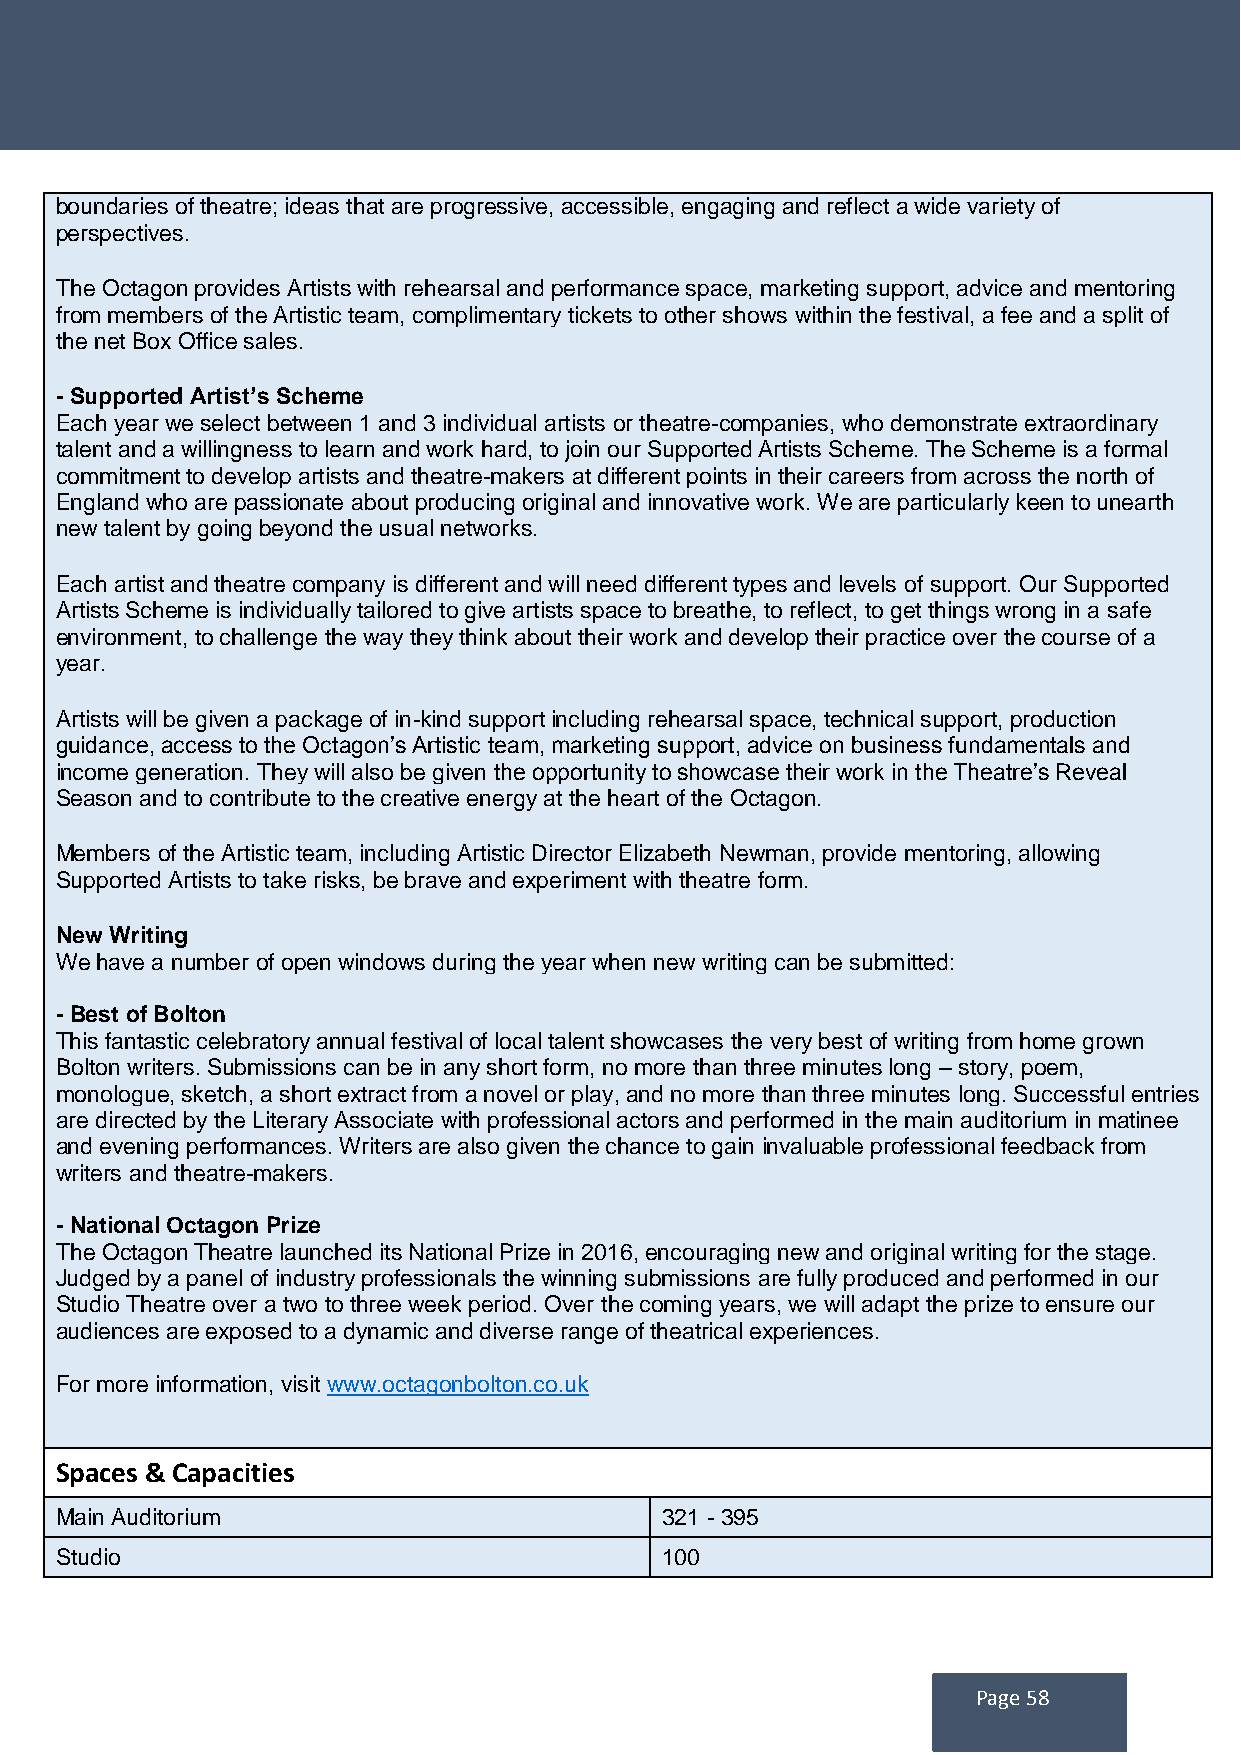
boundaries of theatre; ideas that are progressive, accessible, engaging and reflect a wide variety of
 perspectives.
 The Octagon provides Artists with rehearsal and performance space, marketing support, advice and mentoring
 from members of the Artistic team, complimentary tickets to other shows within the festival, a fee and a split of
 the net Box Office sales.
 - Supported Artist’s Scheme
 Each year we select between 1 and 3 individual artists or theatre-companies, who demonstrate extraordinary
 talent and a willingness to learn and work hard, to join our Supported Artists Scheme. The Scheme is a formal
 commitment to develop artists and theatre-makers at different points in their careers from across the north of
 England who are passionate about producing original and innovative work. We are particularly keen to unearth
 new talent by going beyond the usual networks.
 Each artist and theatre company is different and will need different types and levels of support. Our Supported
 Artists Scheme is individually tailored to give artists space to breathe, to reflect, to get things wrong in a safe
 environment, to challenge the way they think about their work and develop their practice over the course of a
 year.
 Artists will be given a package of in-kind support including rehearsal space, technical support, production
 guidance, access to the Octagon’s Artistic team, marketing support, advice on business fundamentals and
 income generation. They will also be given the opportunity to showcase their work in the Theatre’s Reveal
 Season and to contribute to the creative energy at the heart of the Octagon.
 Members of the Artistic team, including Artistic Director Elizabeth Newman, provide mentoring, allowing
 Supported Artists to take risks, be brave and experiment with theatre form.
 New Writing
 We have a number of open windows during the year when new writing can be submitted:
 - Best of Bolton
 This fantastic celebratory annual festival of local talent showcases the very best of writing from home grown
 Bolton writers. Submissions can be in any short form, no more than three minutes long – story, poem,
 monologue, sketch, a short extract from a novel or play, and no more than three minutes long. Successful entries
 are directed by the Literary Associate with professional actors and performed in the main auditorium in matinee
 and evening performances. Writers are also given the chance to gain invaluable professional feedback from
 writers and theatre-makers.
 - National Octagon Prize
 The Octagon Theatre launched its National Prize in 2016, encouraging new and original writing for the stage.
 Judged by a panel of industry professionals the winning submissions are fully produced and performed in our
 Studio Theatre over a two to three week period. Over the coming years, we will adapt the prize to ensure our
 audiences are exposed to a dynamic and diverse range of theatrical experiences.
 For more information, visit www.octagonbolton.co.uk
 Spaces & Capacities
 Main Auditorium                         321 - 395
 Studio                                  100
 Page 58